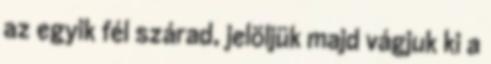
az egyik fél szárad, jelöljük majd vágjuk ki a